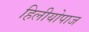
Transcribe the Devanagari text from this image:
हिलीयोपाज